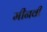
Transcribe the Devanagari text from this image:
मीनवी